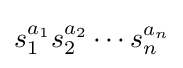
s_{1}^{a_{1}}s_{2}^{a_{2}}\cdots s_{n}^{a_{n}}